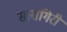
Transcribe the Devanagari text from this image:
सासगिरी